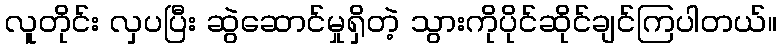
လူတိုင်း လှပပြီး ဆွဲဆောင်မှုရှိတဲ့ သွားကိုပိုင်ဆိုင်ချင်ကြပါတယ်။